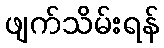
ဖျက်သိမ်းရန်